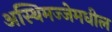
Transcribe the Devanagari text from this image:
अस्थिमज्जेमधील